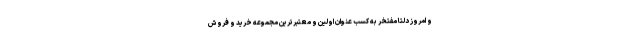
و امروز دلتا مفتخر به کسب عنوان اولین و معتبرترین مجموعه خرید و فروش